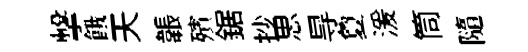
擊餓天韔殯鋸抄思㝵夐湲筒隨